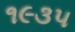
૧૯૩૫